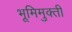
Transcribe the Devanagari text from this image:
भूमिमुक्ती